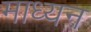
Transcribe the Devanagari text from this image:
माध्यन